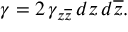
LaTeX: \gamma = 2 \, \gamma _ { z \overline { { { z } } } } \, d z \, d \overline { { { z } } } .